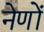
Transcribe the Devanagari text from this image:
नेणों